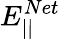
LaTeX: E_{||}^{Net}